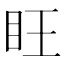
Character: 𪛟